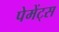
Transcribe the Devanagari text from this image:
पेमेंट्‌स